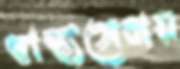
স্বাস্থ্যসেবায়